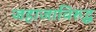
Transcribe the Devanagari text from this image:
जहाजाविरुद्ध